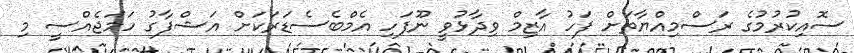
ސޮއިކުރުމުގެ ރަސްމިއްޔާތަށް ފަހު އާޒިމް ވިދާޅުވީ ނޫފަހި އެމްބެސެޑަރަކަށް އަޝްފާގު ހަމަޖެއްސީ މި